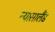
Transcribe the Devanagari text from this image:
न्यासालैंड